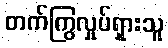
တက်ကြွလှုပ်ရှားသူ